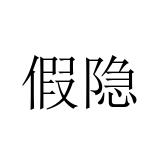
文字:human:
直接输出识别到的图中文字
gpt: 假隐